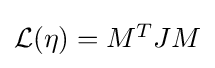
{\textstyle {\mathcal {L}}(\eta )=M^{T}JM}